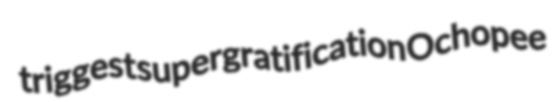
triggest supergratification Ochopee